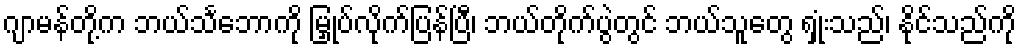
ဂျာမန်တို့က ဘယ်သင်္ဘောကို မြှုပ်လိုက်ပြန်ပြီ၊ ဘယ်တိုက်ပွဲတွင် ဘယ်သူတွေ ရှုံးသည်၊ နိုင်သည်ကို